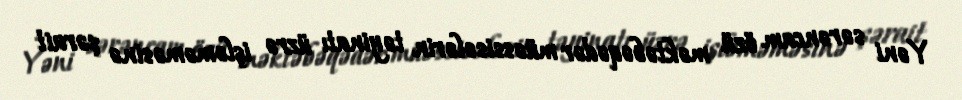
Yəni sərəncam özü məktəbəqədər müəssisələrin təyinatı üzrə işləməməsinə şərait